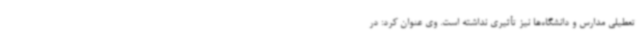
تعطیلی مدارس و دانشگاه‌ها نیز تأثیری نداشته است. وی عنوان کرد: در